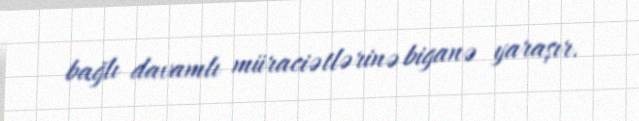
bağlı davamlı müraciətlərinə biganə yaraşır.